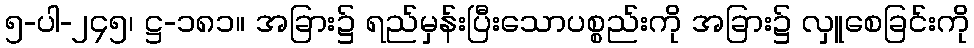
၅-ပါ-၂၄၅၊ ဋ္ဌ-၁၈၁။ အခြား၌ ရည်မှန်းပြီးသောပစ္စည်းကို အခြား၌ လှူစေခြင်းကို